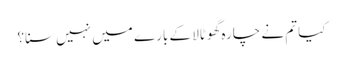
کیا تم نے چارہ گھوٹالا کے بارے میں نہیں سنا؟